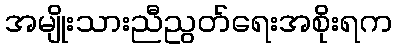
အမျိုးသားညီညွတ်ရေးအစိုးရက